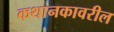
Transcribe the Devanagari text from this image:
कथानकावरील